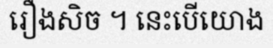
រឿងសិច ។ នេះបើយោង